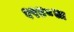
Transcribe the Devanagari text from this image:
१९४८ला